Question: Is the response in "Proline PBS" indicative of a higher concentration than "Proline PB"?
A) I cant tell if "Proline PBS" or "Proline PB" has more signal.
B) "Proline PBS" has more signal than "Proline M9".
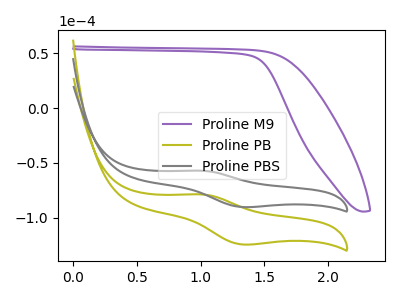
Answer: <think>The purple curve "Proline M9" has no peaks. The olive curve "Proline PB" has an anodic peak at (1.00V, -78.70uA) and a cathodic peak at (1.30V, -124.20uA). The gray curve "Proline PBS" has an anodic peak at (1.00V, -57.10uA) and a cathodic peak at (1.30V, -90.15uA).
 All the peaks in "Proline PBS" have a peak in "Proline PB" at the same potential.</think>
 <answer>A) I cant tell if "Proline PBS" or "Proline PB" has more signal.</answer>
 <eval>A</eval>